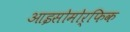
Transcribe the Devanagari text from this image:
आइसोमोर्फिक